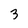
Character: 3